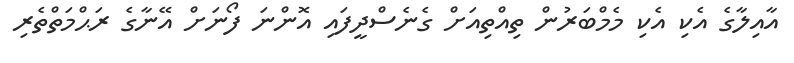
އާއިލާގެ އެކި އެކި މެމްބަރުން ތިއްތިއަށް ގެނެސްދީފައި އޮންނަ ފޯނަށް އޭނާގެ ރަޙްމަތްތެރި